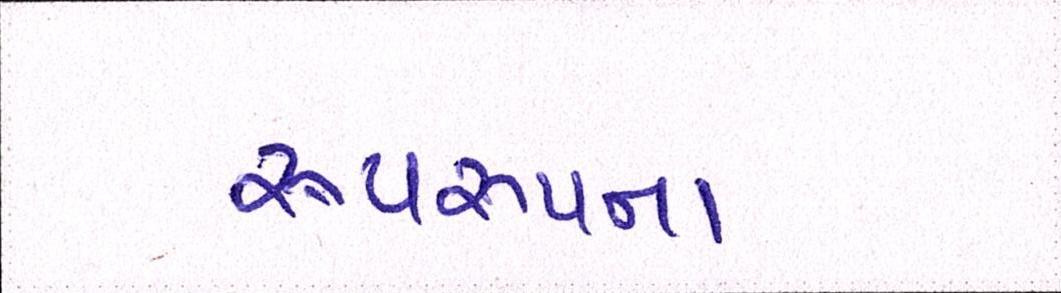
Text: રૂપરૂપના